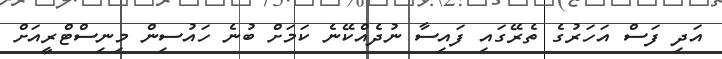
އަދި ފަސް އަހަރުގެ ތެރޭގައި ފައިސާ ނުދެއްކޭނެ ކަމަށް ބުނެ ހައުސިން މިނިސްޓްރީއަށް